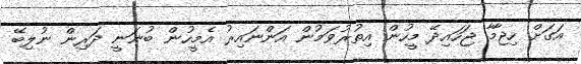
އަގަށް ހިޖާމާ ޖަހައިދޭ މީހުން އިތުރުވަމުން އަންނައިރު އެމީހުން ބުނަނީ ދަރިން ނުލިބޭ